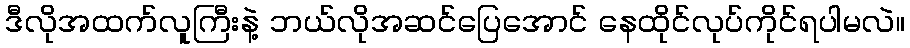
ဒီလိုအထက်လူကြီးနဲ့ ဘယ်လိုအဆင်ပြေအောင် နေထိုင်လုပ်ကိုင်ရပါမလဲ။